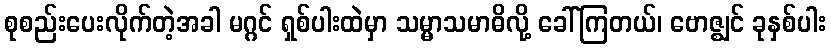
စုစည်းပေးလိုက်တဲ့အခါ မဂ္ဂင် ရှစ်ပါးထဲမှာ သမ္မာသမာဓိလို့ ခေါ်ကြတယ်၊ ဗောဇ္ဈင် ခုနှစ်ပါး